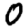
Digit: 0